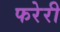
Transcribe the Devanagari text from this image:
फरेरी